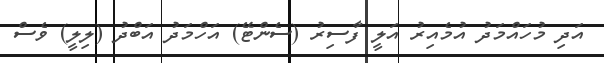
އަދި މުހައްމަދު އުމެއިރު އަލީ ފާސިރު (ސެންޓޭ) އަހްމަދު އަބްދު (ލިލީ) ވެސް